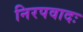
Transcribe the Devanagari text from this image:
निरपवादः